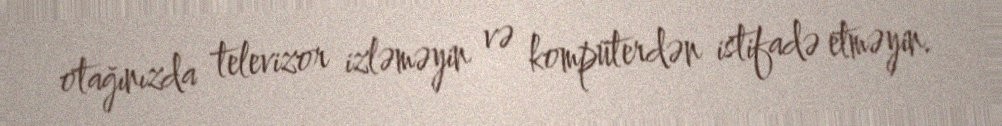
otağınızda televizor izləməyin və kompüterdən istifadə etməyin.